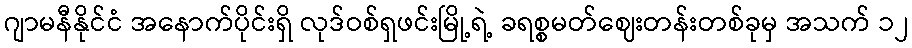
ဂျာမနီနိုင်ငံ အနောက်ပိုင်းရှိ လုဒ်ဝစ်ရှဖင်းမြို့ရဲ့ ခရစ္စမတ်ဈေးတန်းတစ်ခုမှ အသက် ၁၂